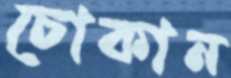
চোকান